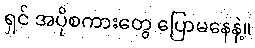
ရှင် အပိုစကားတွေ ပြောမနေနဲ့။